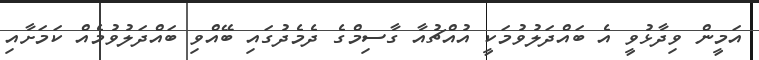
އަމީން ވިދާޅުވީ އެ ބައްދަލުވުމަކީ އުއްޗުއާ ގާސިމްގެ ދެމެދުގައި ބޭއްވި ބައްދަލުވުމެއް ކަމަށާއި